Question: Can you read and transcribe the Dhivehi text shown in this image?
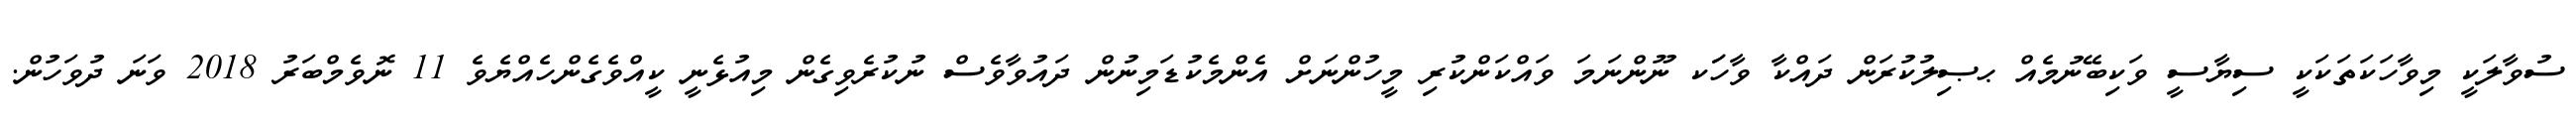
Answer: ސުވާލަކީ މިވާހަކަތަކަކީ ސިޔާސީ ވަކިބޭނުމެއް ޙޞިލުކުރަން ދައްކާ ވާހަަކ ނޫންނަމަ ވައްކަންކުރި މީހުންނަށް އެންމެކުޑަމިނުން ދައުވާވެސް ނުކުރެވިގެން މިއުޅެނީ ކީއްވެގެންހެއްޔެވެ 11 ނޮވެމްބަރު 2018 ވަނަ ދުވަހުން.